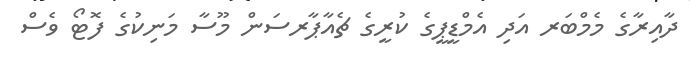
ދާއިރާގެ މެމްބަރ އަދި އެމްޑީޕީގެ ކުރީގެ ޗެއާޕާރސަން މޫސާ މަނިކުގެ ފޮޓޯ ވެސް